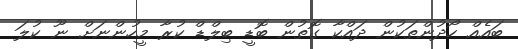
ބައެއް ހޯދުންތަކުން ދައްކާ ގޮތުން ބޮޑީ ބިލްޑް ކުރާ މީހުންނަށް ނޫ ކުލަ